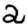
Digit: 2